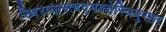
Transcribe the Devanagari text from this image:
स्थिरायास्त्वद्भक्तेस्त्रिपुरहर